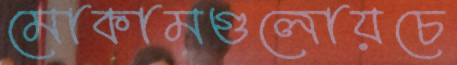
মোকামগুলোয়চে